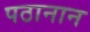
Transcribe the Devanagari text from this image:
पठानान